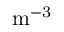
\mathrm { m ^ { - 3 } }